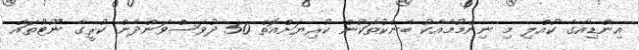
އިންޑިއާގެ ކުއްލި މި ނިންމުމާއެކު ބޭންކުތަކުން ކުރިޔަށްއޮތް 50 ދުވަސްވަންދެން ކުރީގެ ނޫޓުތައް